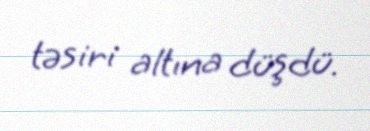
təsiri altına düşdü.